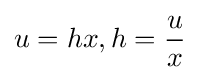
u=hx,h={\frac {u}{x}}